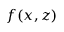
f ( x , z )